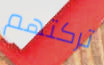
تركتهم